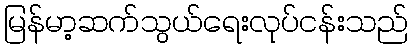
မြန်မာ့ဆက်သွယ်ရေးလုပ်ငန်းသည်